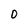
Character: 0